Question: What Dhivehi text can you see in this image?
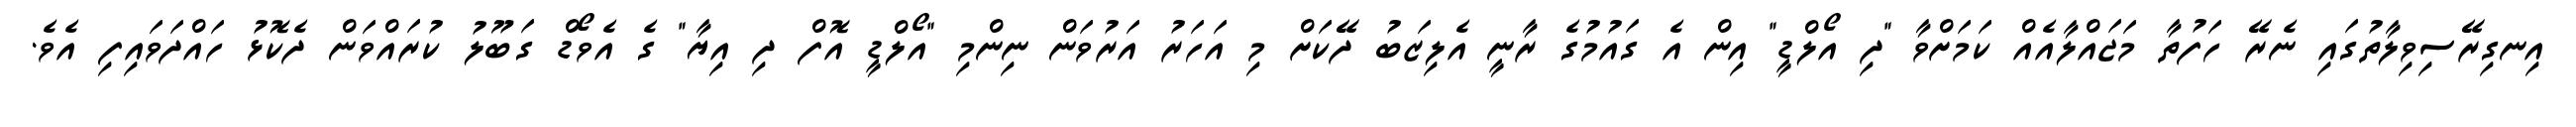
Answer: އިނގިރޭސިވިލާތުގައި ނެރޭ ހަފުތާ މަޖައްލާއެއް ކަމަށްވާ "ދި އޯލްޑީ" އިން އެ ގައުމުގެ ރާނީ އެލިޒަބު ދޭކަށް މި އަހަރު އަރުވަން ނިންމި "އޯލްޑީ އޮފް ދި އިޔާ" ގެ އެވޯޑް ގަބޫލު ކުރައްވަން ދެކޮޅު ހައްދަވައިފި އެވެ.